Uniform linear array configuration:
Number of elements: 8
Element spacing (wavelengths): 0.25
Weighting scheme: exponential
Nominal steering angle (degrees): -30
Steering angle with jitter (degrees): -29.191
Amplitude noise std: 0.05
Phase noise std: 0.05

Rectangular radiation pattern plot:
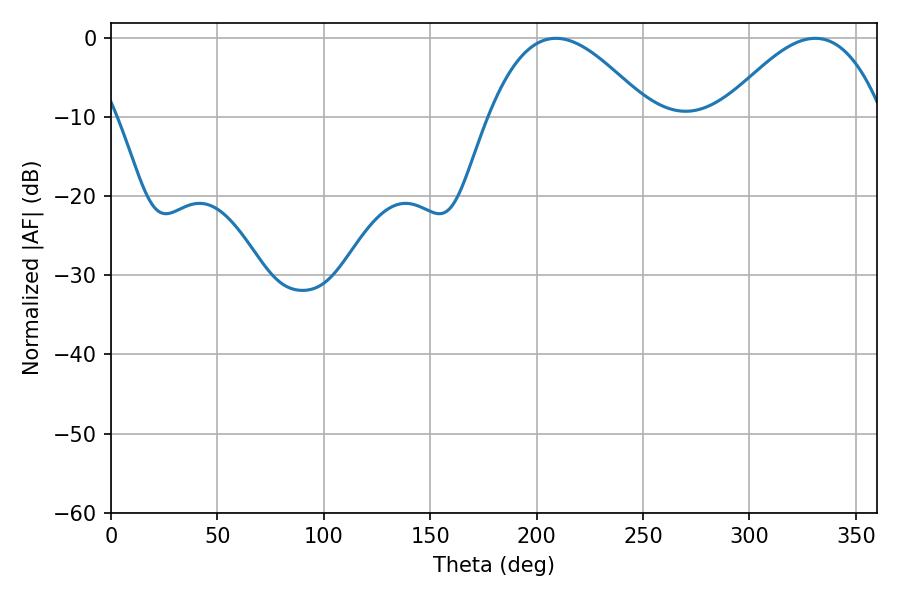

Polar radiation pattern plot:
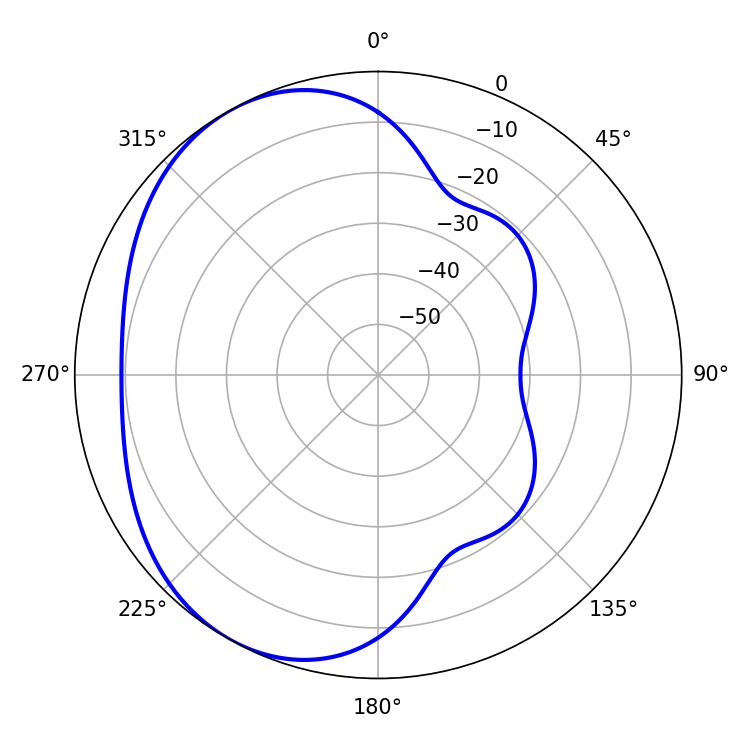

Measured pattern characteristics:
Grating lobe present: FALSE
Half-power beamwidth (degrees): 41.22
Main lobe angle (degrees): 209.16